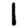
Digit: 1